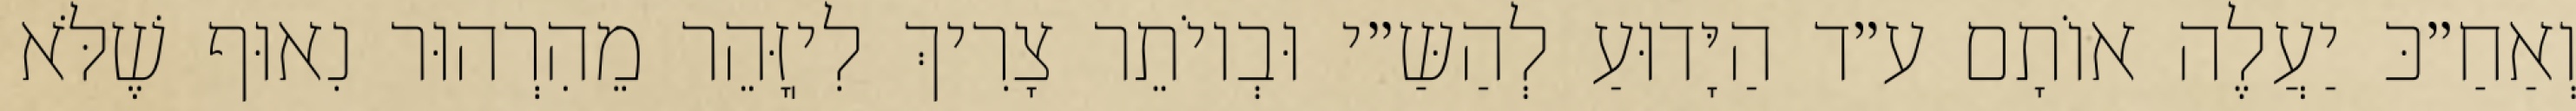
וְאַחַ״כּ יַעֲלֶה אוֹתָם ע״ד הַיָּדוּעַ לְהַשַּ״י וּבְיוֹתֵר צָרִיךְ לִיֽזָּהֵר מֵהִרְהוּר נִאוּף שֶׁלֹּא